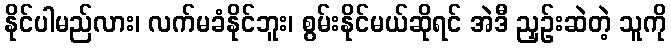
နိုင်ပါမည်လား၊ လက်မခံနိုင်ဘူး၊ စွမ်းနိုင်မယ်ဆိုရင် အဲဒီ ညှဉ်းဆဲတဲ့ သူကို